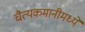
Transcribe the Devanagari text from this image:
चैत्यकमानीमध्ये